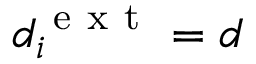
d _ { i } ^ { \mathrm { ~ e ~ x ~ t ~ } } = d